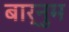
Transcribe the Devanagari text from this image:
बार्नुम